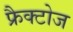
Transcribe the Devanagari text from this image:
फ्रैक्टोज